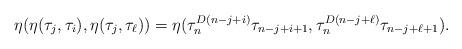
LaTeX: \begin{align*}\eta(\eta(\tau_j, \tau_i),\eta(\tau_j,\tau_\ell))&= \eta(\tau_n^{D(n-j+i)} \tau_{{n-j+i+1}},\tau_n^{D(n-j+\ell)} \tau_{{n-j+\ell+1}}).\end{align*}